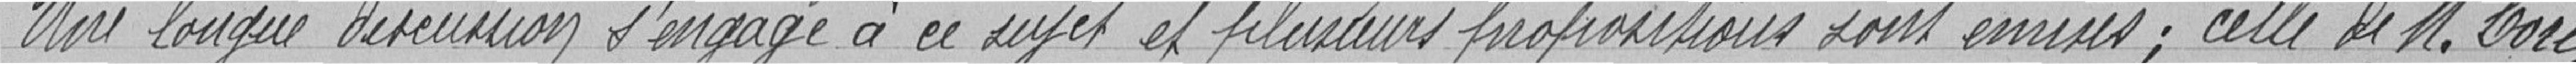
Une longue discussion s'engage à ce sujet et plusieurs propositions sont émises: celle de M.Coré